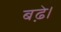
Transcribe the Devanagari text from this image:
बढे़।